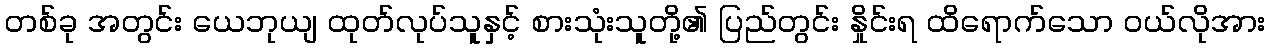
တစ်ခု အတွင်း ယေဘုယျ ထုတ်လုပ်သူနှင့် စားသုံးသူတို့၏ ပြည်တွင်း နှိုင်းရ ထိရောက်သော ဝယ်လိုအား